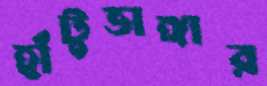
হাঁটুভাঙ্গার